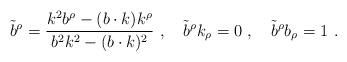
LaTeX: \begin{align*}\tilde b^\rho={k^2 b^\rho -(b\cdot k)k^\rho\over b^2 k^2 -(b\cdot k)^2}\ ,\quad\tilde b^\rho k_\rho=0\ ,\quad \tilde b^\rho b_\rho=1\ .\end{align*}